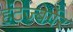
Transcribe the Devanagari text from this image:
हंटज्बेर्गेर